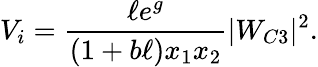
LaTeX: V_{i}=\frac{\ell e^{g}}{(1+b\ell)x_{1}x_{2}}|W_{C3}|^{2}.